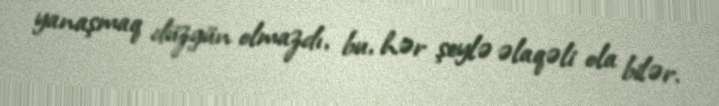
yanaşmaq düzgün olmazdı, bu, hər şeylə əlaqəli ola bilər.